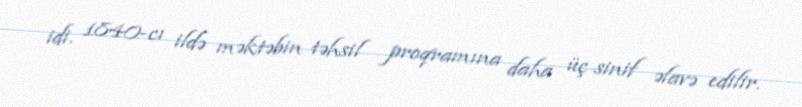
idi. 1840-cı ildə məktəbin təhsil proqramına daha üç sinif əlavə edilir.